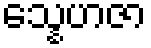
သ္နေဟဇာ